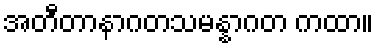
အတီတာနာဂတသမန္နာဂတ ကထာ။